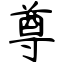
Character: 尊